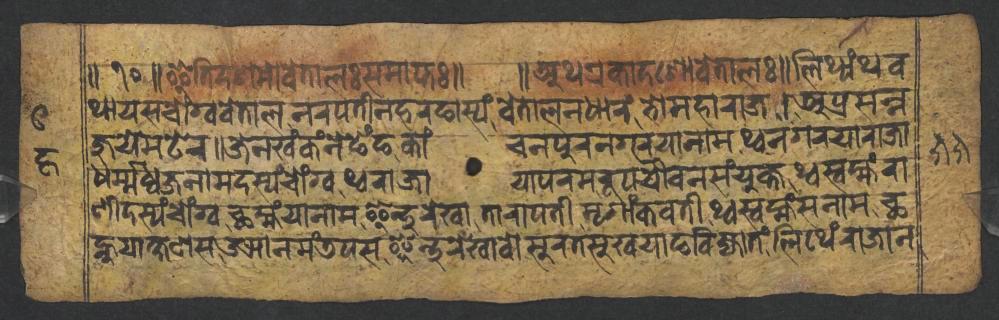
𑑌𑑑𑑐𑑌𑐂𑐟𑐶𑐡𑐱𑐩𑑀𑐰𑐾𑐟𑐵𑐮𑑅𑐳𑐩𑐵𑐥𑑂𑐟𑑅𑑌 𑑌𑐀𑐠𑐊𑐎𑐵𑐡𑐱𑑀𑐰𑐾𑐟𑐵𑐮𑑅𑑌𑐮𑐶𑐠𑑂𑐫𑑄𑐠𑐰 𑐠𑐵𑐫𑐳𑐔𑑀𑑄𑐐𑑂𑐰𑐰𑐾𑐟𑐵𑐮𑐣𑐬𑐥𑐟𑐷𑐣𑐴𑐬𑐒𑐵𑐳𑑂𑐫𑑄𑐰𑐾𑐟𑐵𑐮𑐣𑐢𑐵𑐬𑑄𑐨𑑀𑐩𑐴𑐵𑐬𑐵𑐖𑑋𑐀𑐥𑑂𑐬𑐳𑐣𑑂𑐣 𑐖𑐸𑐫𑐾𑐩𑐚𑐾𑐬𑑌𑐖𑐾𑐣𑐏𑑄𑐎𑑄𑐣𑐾𑐒𑐾𑑄𑐒𑐎𑐵𑑄𑐔𑐣𑐥𑐸𑐬𑐣𑐐𑐬𑐫𑐵𑐣𑐵𑐩𑐠𑑂𑐰𑐣𑐐𑐬𑐫𑐵𑐬𑐵𑐖𑐵 𑐢𑐬𑑂𑐩𑑂𑐩𑐢𑑂𑐰𑐖𑐣𑐵𑐩𑐡𑐳𑑂𑐫𑑄𑐔𑑀𑑄𑐐𑑂𑐰𑐠𑑂𑐰𑐬𑐵𑐖𑐵𑐫𑐵𑐥𑐬𑐩𑐬𑐹𑐥𑐫𑑁𑐰𑐣𑐳𑑄𑐫𑐸𑐎𑑂𑐟𑐠𑑂𑐰𑐳𑑂𑐰𑐩𑑂𑐴𑑄𑐬𑐵 𑐞𑐷𑐡𑐳𑑂𑐫𑑄𑐔𑑀𑑄𑐐𑑂𑐰𑐕𑐩𑑂𑐴𑑄𑐫𑐵𑐣𑐵𑐩𑐿𑐣𑑂𑐡𑐸𑐬𑐾𑐏𑐵𑐟𑐵𑐬𑐵𑐰𑐟𑐷𑐩𑐺𑐐𑐵𑑄𑐎𑐰𑐟𑐷𑐠𑑂𑐰𑐳𑑂𑐰𑐩𑑂𑐴𑑄𑐳𑐣𑐵𑐩𑐕 𑐣𑑂𑐴𑐸𑐫𑐵𑐎𑑂𑐲𑐞𑐳𑑁𑐗𑐵𑐣𑐩𑑄𑐜𑐥𑐳𑐿𑐣𑑂𑐡𑐸𑐬𑐾𑐏𑐵𑐰𑑀𑐳𑐸𑐬𑐟𑐳𑐸𑐏𑐫𑐵𑐒𑐧𑐶𑐖𑑂𑐫𑐵𑐟𑑄𑐮𑐶𑐠𑐾𑑄𑐬𑐵𑐖𑐵𑐣